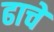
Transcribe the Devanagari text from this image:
ढाचे